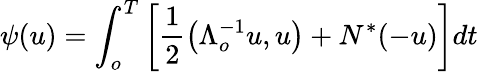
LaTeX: \psi(u)=\int_{o}^{T}\left[\frac{1}{2}\left(\Lambda_{o}^{-1}u,u\right)+N^{\ast}(-u)\right]dt